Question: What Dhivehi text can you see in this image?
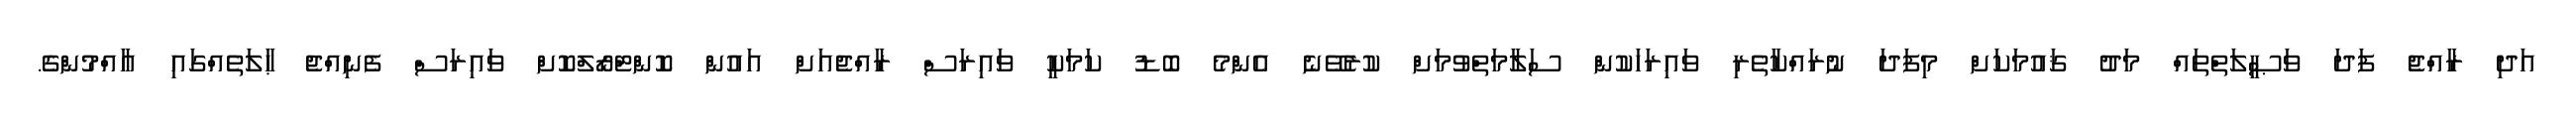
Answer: އަދި ރާއްޖެ ފަދަ ވަޞީލަތްތައް މަދު ޤައުމަކަށް މިފަދަ ނުރައްކާތެރި ވައިރަހަކުން ސަލާމަތްވުމަށް ކުރެވޭނެ އެންމެ ބޮޑު ކަމަކީ ވައިރަސް ރާއްޖެއަށް އައުން ކޮންޓްރޯލްކޮށް ވައިރަސް ފެނިއްޖެ ޙާލަތެއްގައި ޢާއްމުންގެ.